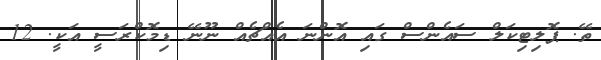
ތޭ. ޕޮލިޓިކަލް ސައެންސް ގައި އޮންނަ އެއްޗެއް ނޫނޭ ޑިމޮކްރަސީ އަކީ. 12